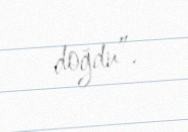
doğdu”.